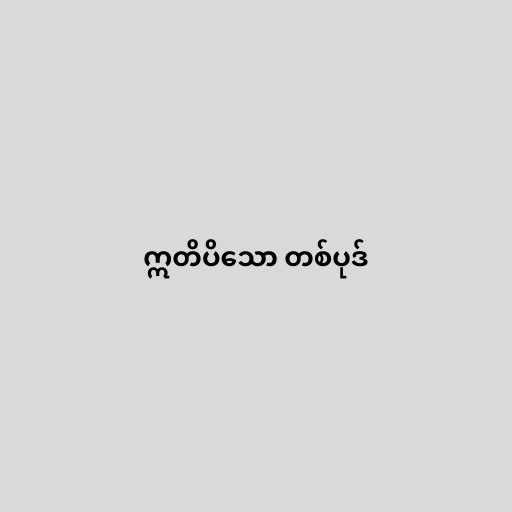
ဣတိပိသော တစ်ပုဒ်